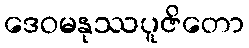
ဒေဝမနုဿပူဇိတော